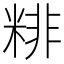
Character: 𥺘